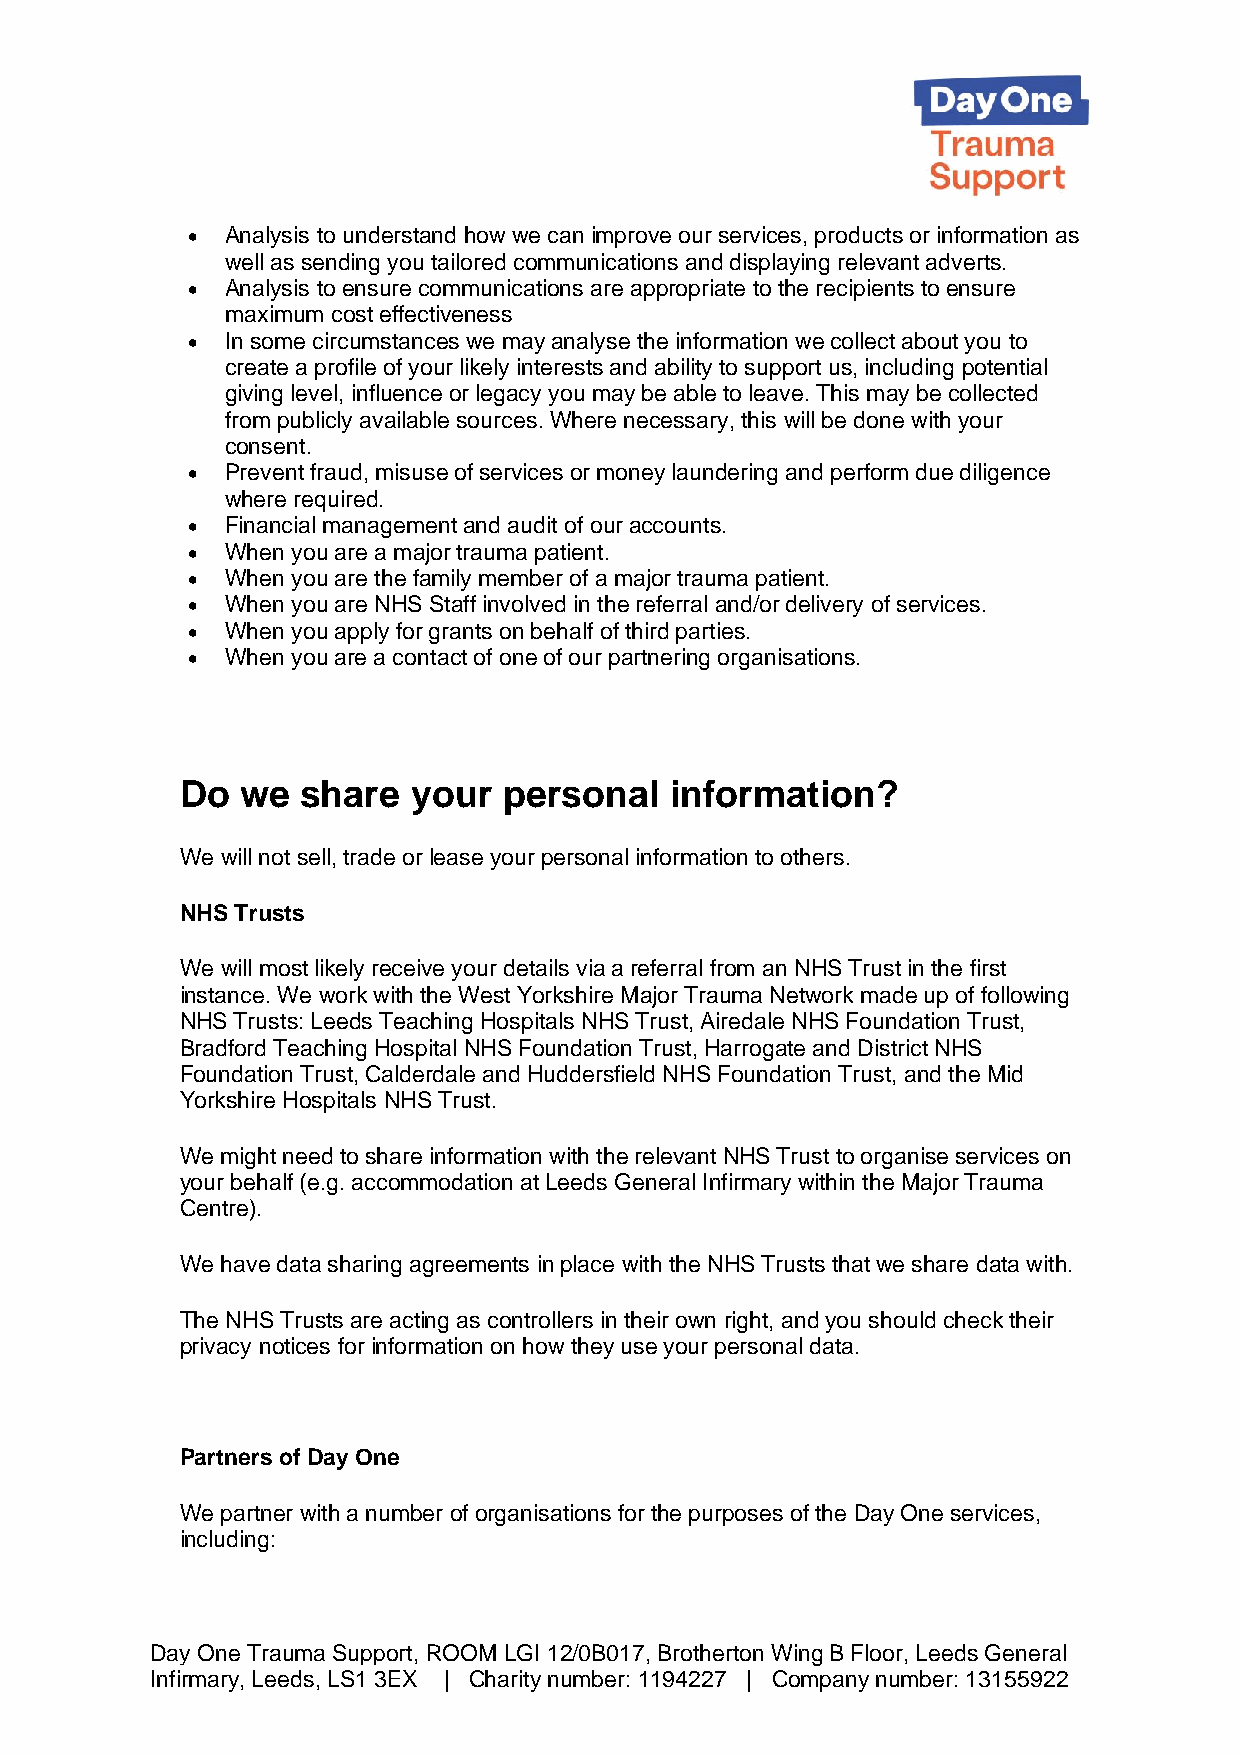
•  Analysis to understand how we can improve our services, products or information as
 well as sending you tailored communications and displaying relevant adverts.
 •  Analysis to ensure communications are appropriate to the recipients to ensure
 maximum cost effectiveness
 •  In some circumstances we may analyse the information we collect about you to
 create a profile of your likely interests and ability to support us, including potential
 giving level, influence or legacy you may be able to leave. This may be collected
 from publicly available sources. Where necessary, this will be done with your
 consent.
 •  Prevent fraud, misuse of services or money laundering and perform due diligence
 where required.
 •  Financial management and audit of our accounts.
 •  When you are a major trauma patient.
 •  When you are the family member of a major trauma patient.
 •  When you are NHS Staff involved in the referral and/or delivery of services.
 •  When you apply for grants on behalf of third parties.
 •  When you are a contact of one of our partnering organisations.
 Do  we  share  your  personal   information?
 We will not sell, trade or lease your personal information to others.
 NHS Trusts
 We will most likely receive your details via a referral from an NHS Trust in the first
 instance. We work with the West Yorkshire Major Trauma Network made up of following
 NHS Trusts: Leeds Teaching Hospitals NHS Trust, Airedale NHS Foundation Trust,
 Bradford Teaching Hospital NHS Foundation Trust, Harrogate and District NHS
 Foundation Trust, Calderdale and Huddersfield NHS Foundation Trust, and the Mid
 Yorkshire Hospitals NHS Trust.
 We might need to share information with the relevant NHS Trust to organise services on
 your behalf (e.g. accommodation at Leeds General Infirmary within the Major Trauma
 Centre).
 We have data sharing agreements in place with the NHS Trusts that we share data with.
 The NHS Trusts are acting as controllers in their own right, and you should check their
 privacy notices for information on how they use your personal data.
 Partners of Day One
 We partner with a number of organisations for the purposes of the Day One services,
 including:
 Day One Trauma Support, ROOM LGI 12/0B017, Brotherton Wing B Floor, Leeds General
 Infirmary, Leeds, LS1 3EX | Charity number: 1194227 | Company number: 13155922